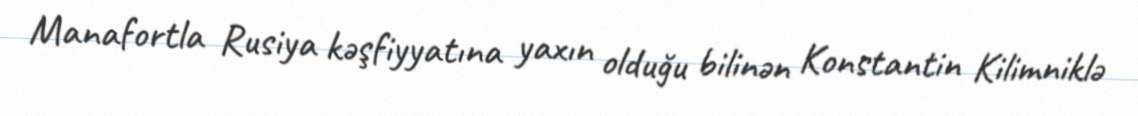
Manafortla Rusiya kəşfiyyatına yaxın olduğu bilinən Konstantin Kilimniklə